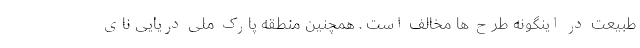
طبیعت در اینگونه طرح ها مخالف است . همچنین منطقه پارک ملی دریایی نای